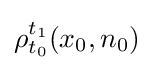
\rho _{t_{0}}^{t_{1}}(x_{0},n_{0})